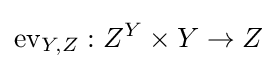
\mathrm {ev} _{Y,Z}:Z^{Y}\times Y\to Z